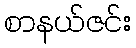
စာနယ်ဇင်း